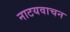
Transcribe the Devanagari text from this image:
नाटयवाचन